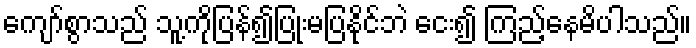
ကျော်စွာသည် သူ့ကိုပြန်၍ပြုံးမပြနိုင်ဘဲ ငေး၍ ကြည့်နေမိပါသည်။